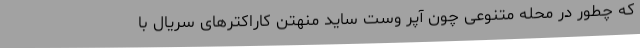
که چطور در محله متنوعی چون آپر وست ساید منهتن کاراکترهای سریال با